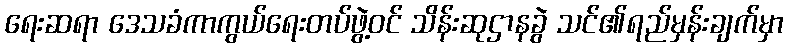
ရေးဆရာ ဒေသခံကာကွယ်ရေးတပ်ဖွဲ့ဝင် သိန်းဆုဌာနခွဲ သင်၏ရည်မှန်းချက်မှာ